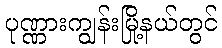
ပုဏ္ဏားကျွန်းမြို့နယ်တွင်